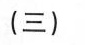
(三)